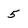
Character: 5